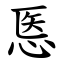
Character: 悘